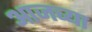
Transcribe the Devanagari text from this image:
अाजच्या